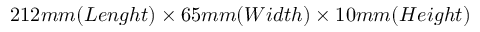
2 1 2 m m ( L e n g h t ) \times 6 5 m m ( W i d t h ) \times 1 0 m m ( H e i g h t )